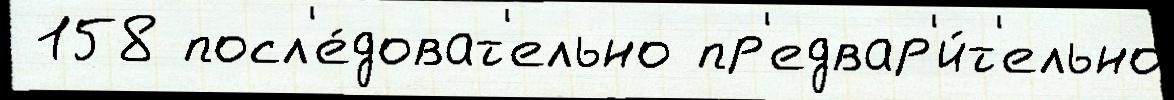
 158 посл'е́доват'ельно пр'едвар'и́т'ельно